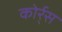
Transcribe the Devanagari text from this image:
कोर्र्स